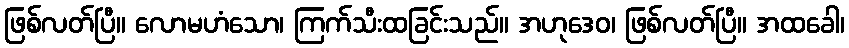
ဖြစ်လတ်ပြီ။ လောမဟံသော၊ ကြက်သီးထခြင်းသည်။ အဟုဒေဝ၊ ဖြစ်လတ်ပြီ။ အထခေါ၊